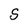
Character: S